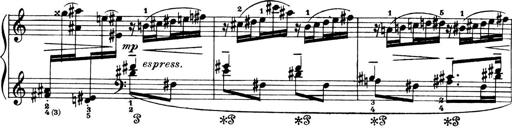
Title: 4 Sonatines
Composer: Max Reger